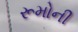
રૂમોની